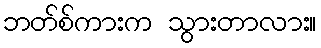
ဘတ်စ်ကားက သွားတာလား။